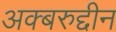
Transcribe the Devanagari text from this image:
अक्बरुद्दीन